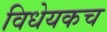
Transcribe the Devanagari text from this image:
विधेयकच